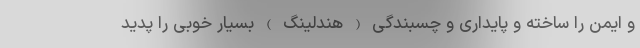
و ایمن را ساخته و پایداری و چسبندگی ( هندلینگ ) بسیار خوبی را پدید